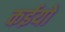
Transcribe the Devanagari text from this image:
कईयो